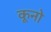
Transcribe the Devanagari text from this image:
कूनो